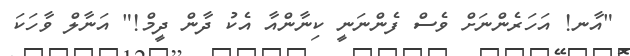
"އާނ! އަހަރެންނަށް ވެސް ފެންނަނީ ކިނާންއާ އެކު ދާން ދީމް!" އަނާލް ވާހަކަ